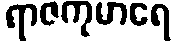
ရာဇကုမာရေ